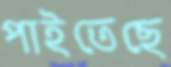
পাইতেছে